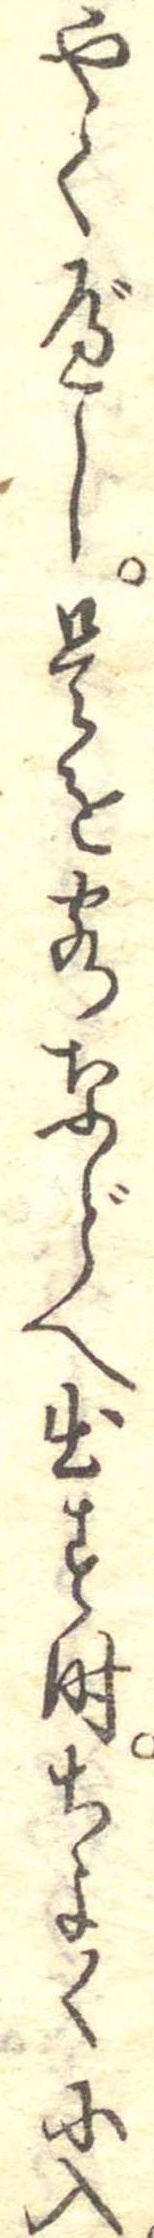
やくべし是を客などへ出す時ちよくに入